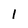
Character: 1